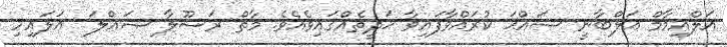
އަލްއިމާމް އަލްބާނީ ޞައްޙަ ކުރައްވާފައިވާ ޙަދީޘެއްގައިވެއެވެ. މާތް ރަސޫލާ ޞައްލަ  ޢަލައިހި